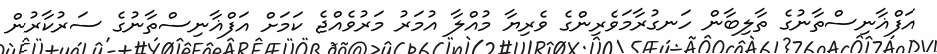
އަފްޣާނިސްތާނުގެ ތާލިބާން ހަނގުރާމަވެރިންގެ ވެރިޔާ މުއްލާ އުމަރު މަރުވެއްޖެ ކަމަށް އަފްޣާނިސްތާނުގެ ސަރުކާރުން